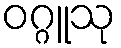
ဝဂ္ဂူသု